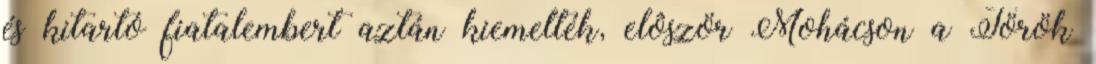
és kitartó fiatalembert aztán kiemelték, elôször Mohácson a Török